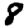
Digit: 8